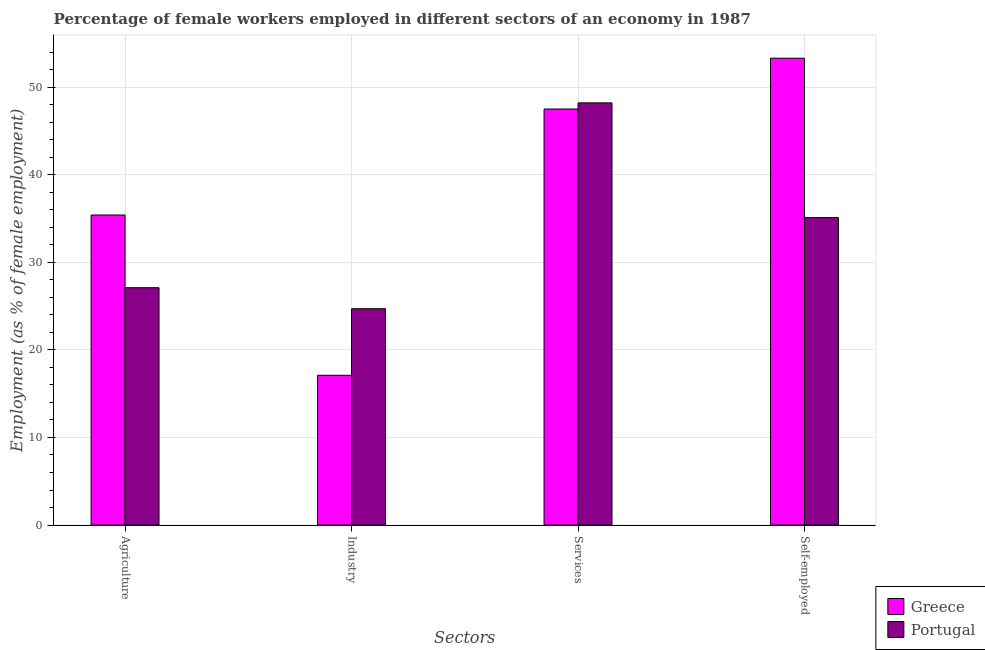
| Sectors | Greece | Portugal |
 | --- | --- | --- |
 | Agriculture | 35.4 | 27.1 |
 | Industry | 17.1 | 24.7 |
 | Services | 47.5 | 48.2 |
 | Self-employed | 53.3 | 35.1 |